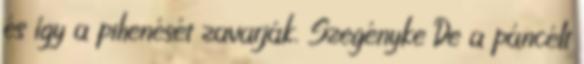
és így a pihenését zavarják. Szegényke De a páncélt